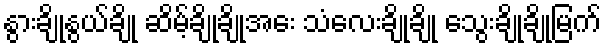
နွားချိုနွယ်ချို ဆိမ့်ချိုချိုအေး သံလေးချိုချို သွေးချိုချိုမြက်